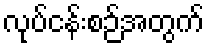
လုပ်ငန်းစဉ်အတွက်